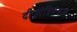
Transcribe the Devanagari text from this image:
दी।मंत्रिमंडल